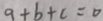
a + b + c = 0